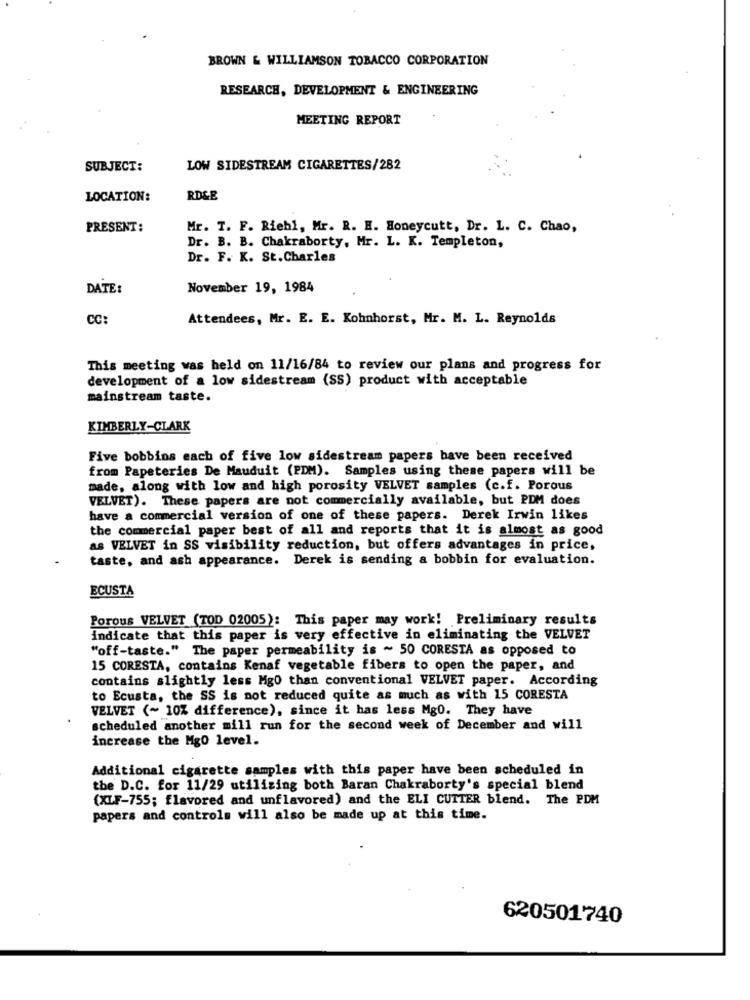
BROWN & WILLIAMSON TOBACCO CORPORATION
RESEARCH, DEVELOPMENT & ENGINEERING
MEETING REPORT
SUBJECT:
LOW SIDESTREAM CIGARETTES/282
LOCATION:
RDLE
PRESENT:
Mr. T. F. Riehl, Mr. R. H. Honeycutt, Dr. L. C. Chao,
Dr. B. B. Chakraborty, Mr. L. K. Templeton,
Dr. F. K. St.Charles
DATE:
November 19, 1984
CC
Attendees, Mr. E. E. Kohnhorst, Mr. M. L. Reynolds
This meeting was held on 11/16/84 to review our plans and progress for
development of a low sidestream (SS) product with acceptable
mainstream taste.
KIMBERLY-CLARK
Five bobbins each of five low sidestream papers bave been received
from Papeteries De Mauduit (PDM). Samples using these papers will be
made, along with low and high porosity VELVET samples (c.f. Porous
VELVET). These papers are not commercially available, but PDM does
have a commercial version of one of these papers. Derek Irwin likes
the commercial paper best of all and reports that it is almost as good
as VELVET in SS visibility reduction, but offers advantages in price,
taste, and ash appearance. Derek is sending a bobbin for evaluation.
ECUSTA
Porous VELVET (TOD 02005): This paper may work! Preliminary results
indicate that this paper is very effective in eliminating the VELVET
"off-taste." The paper permeability is ~ 50 CORESTA as opposed to
15 CORESTA, contains Kenaf vegetable fibers to open the paper, and
contains slightly less Mg0 than conventional VELVET paper. According
to Ecusta, the SS is not reduced quite as much as with 15 CORESTA
VELVET (~ 10% difference), since it has less Mg0. They have
scheduled another mill run for the second week of December and will
increase the Mg0 level.
Additional cigarette samples with this paper have been scheduled in
the D.C. for 11/29 utilizing both Baran Chakraborty's special blend
(XLF-755; flavored and unflavored) and the ELI CUTTER blend. The PDM
papers and controls will also be made up at this time.
620501740